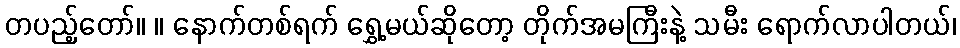
တပည့်တော်။ ။ နောက်တစ်ရက် ရွှေ့မယ်ဆိုတော့ တိုက်အမကြီးနဲ့ သမီး ရောက်လာပါတယ်၊